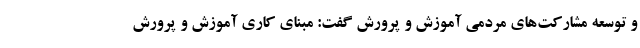
و توسعه مشارکت‌های مردمی آموزش و پرورش گفت: مبنای کاری آموزش و پرورش